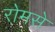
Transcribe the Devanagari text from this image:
रोमसे